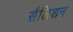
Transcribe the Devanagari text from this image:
सैलिशन